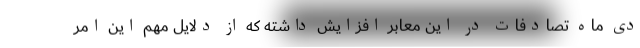
دی ماه تصادفات در این معابر افزایش داشته که از دلایل مهم این امر